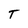
Character: T